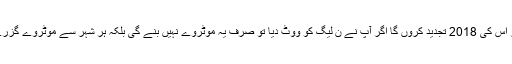
انہو ں نے کہا کہ نوازشریف کوئی بات کہتاہے اسے پورا کرتاہے ،میں وعدہ کرنے لگا ہوں اور اس کی 2018 تجدید کروں گا اگر آپ نے ن لیگ کو ووٹ دیا تو صرف یہ موٹروے نہیں بنے گی بلکہ ہر شہر سے موٹروے گزرے گی ،نوازشریف یہ وعدہ بھی کرتاہے کہ دن رات کام کروں گا ،آندھی ہو طوفان ہو یا دھوپ ؟